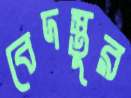
বেদস্তুর